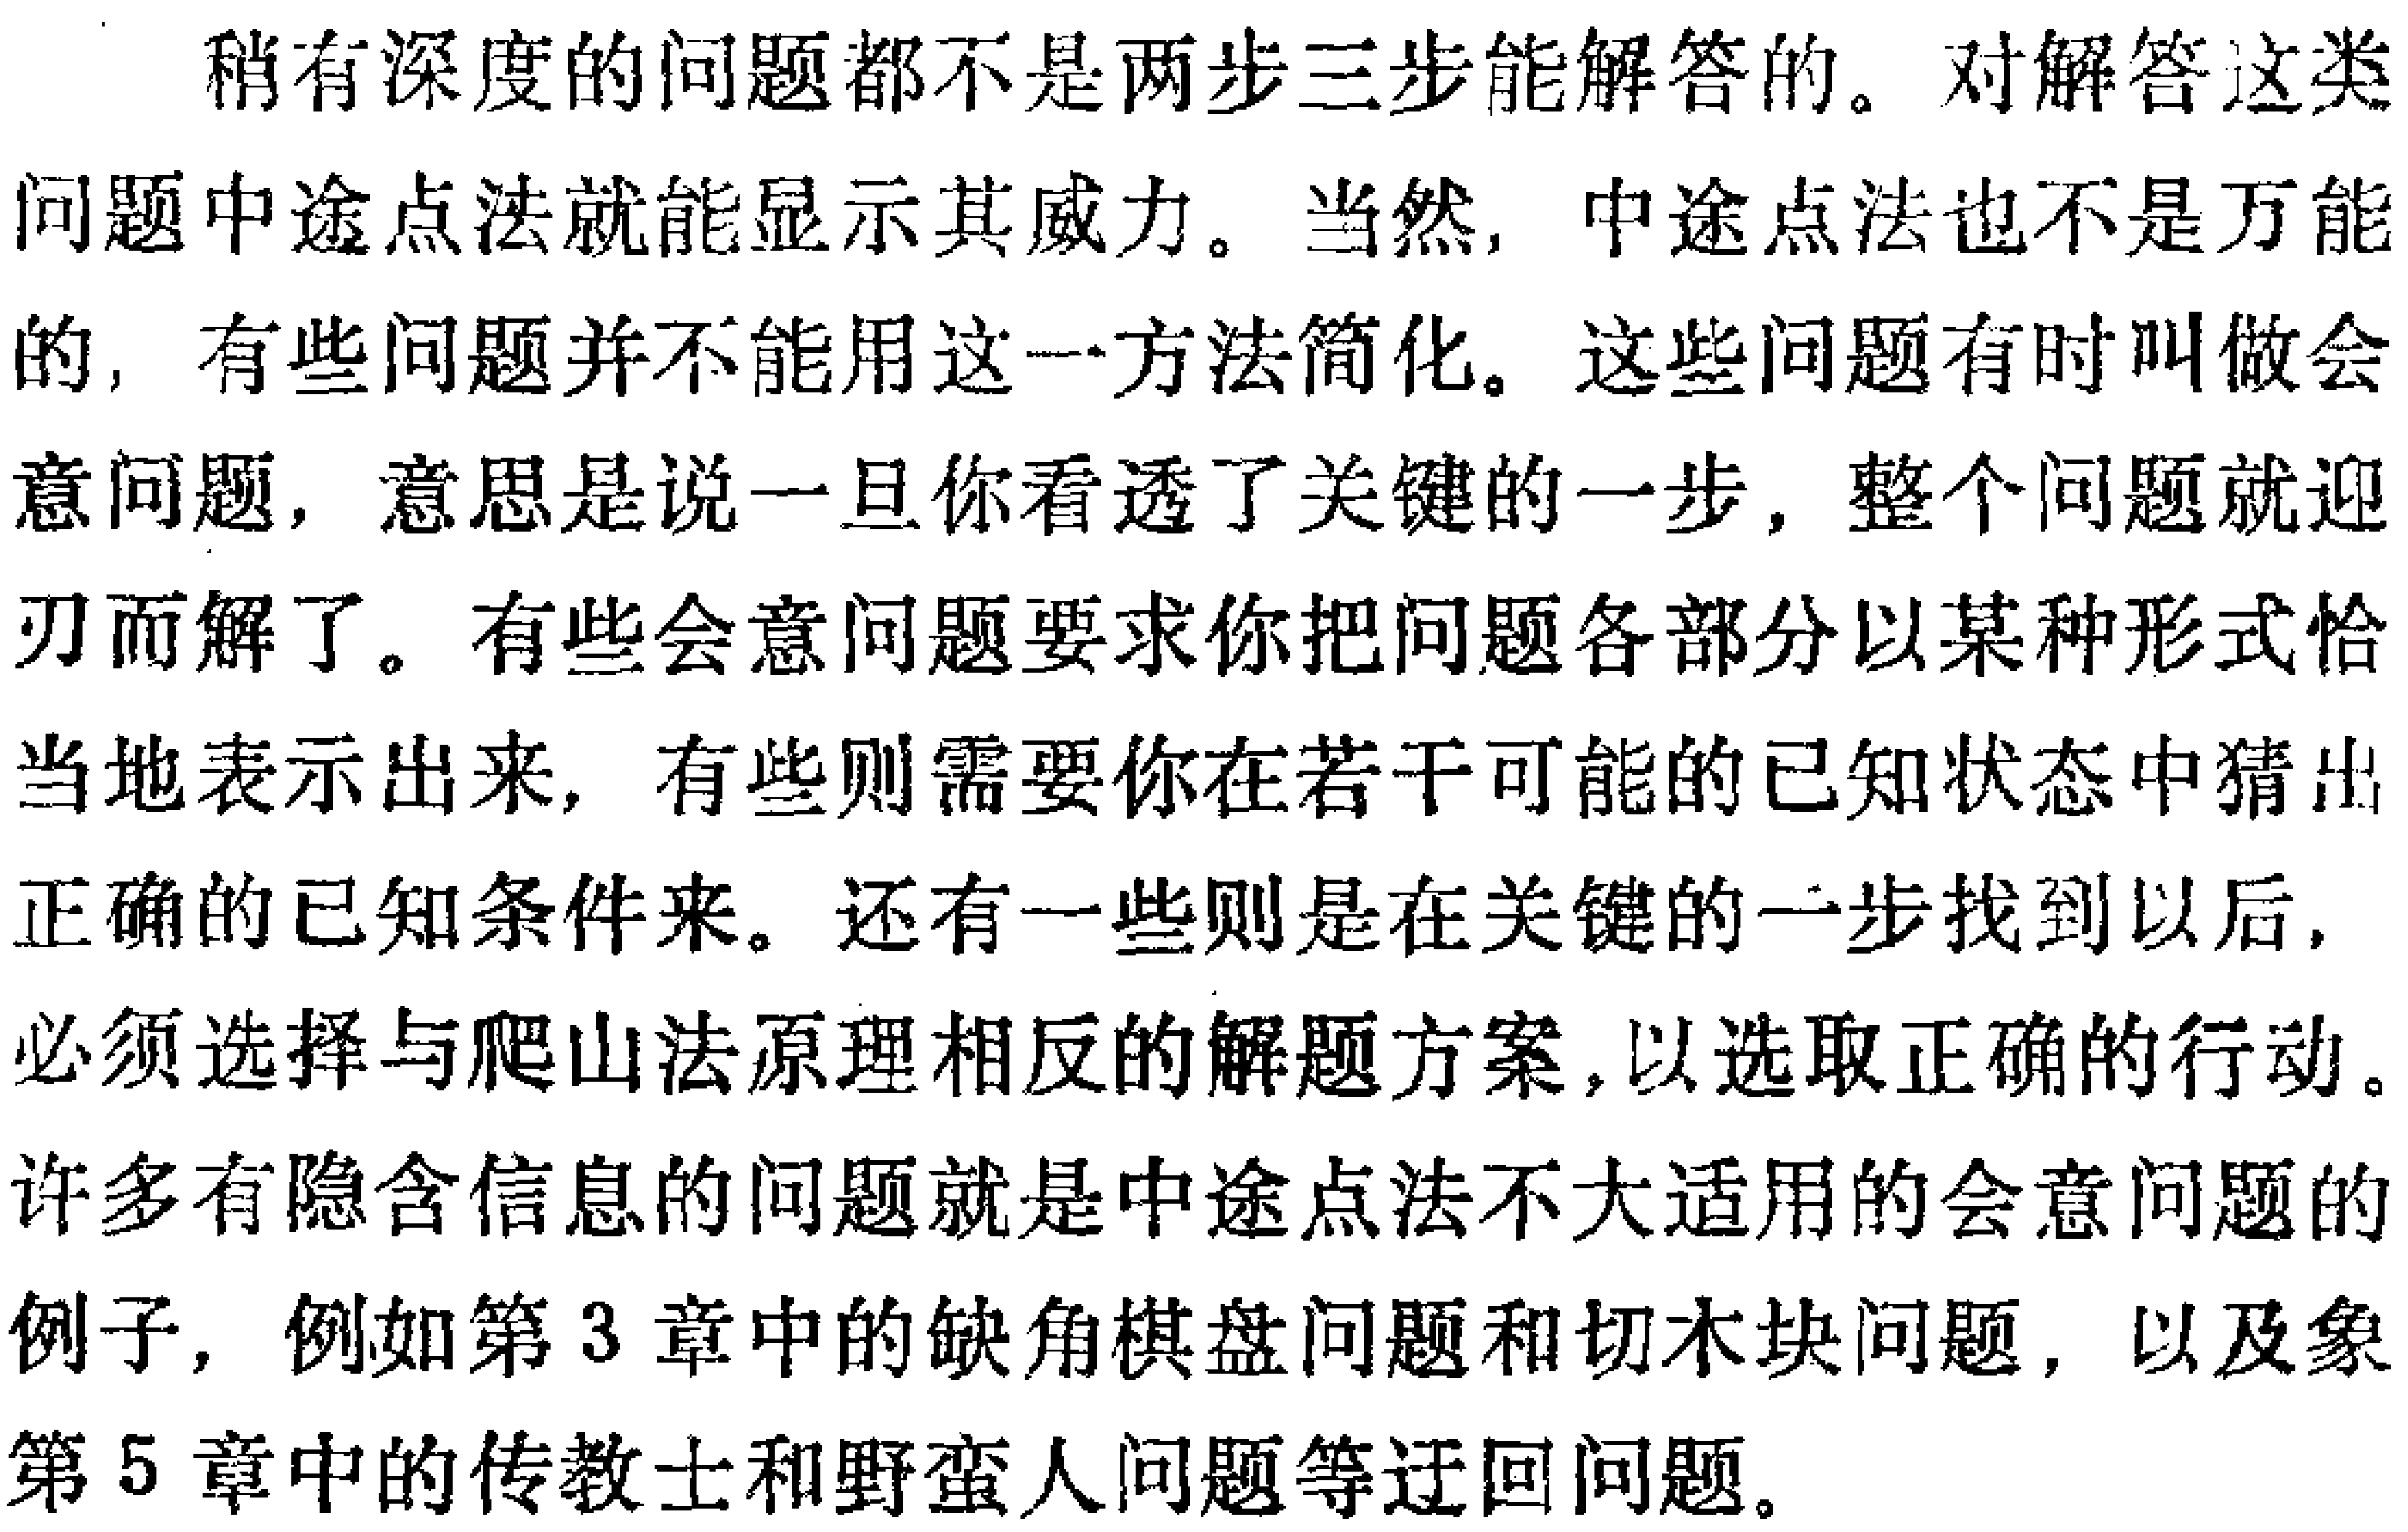
稍有深度的问题都不是两步三步能解答的。对解答这类问题中途点法就能显示其威力。当然，中途点法也不是万能的，有些问题并不能用这一方法简化。这些问题有时叫做会意问题，意思是说一旦你看透了关键的一步，整个问题就迎刃而解了。有些会意问题要求你把问题各部分以某种形式恰当地表示出来，有些则需要你在若干可能的已知状态中猜出正确的已知条件来。还有一些则是在关键的一步找到以后，必须选择与爬山法原理相反的解题方案，以选取正确的行动。许多有隐含信息的问题就是中途点法不大适用的会意问题的例子，例如第3章中的缺角棋盘问题和切木块问题，以及象第5章中的传教士和野蛮人问题等迂回问题。